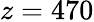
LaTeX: z=470